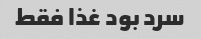
سرد بود غذا فقط